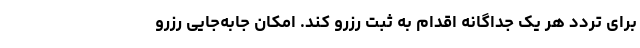
برای تردد هر یک جداگانه اقدام به ثبت رزرو کند. امکان جابه‌جایی رزرو